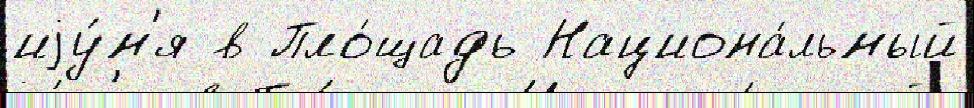
иjу́н'я в Пло́щадь Национа́льный